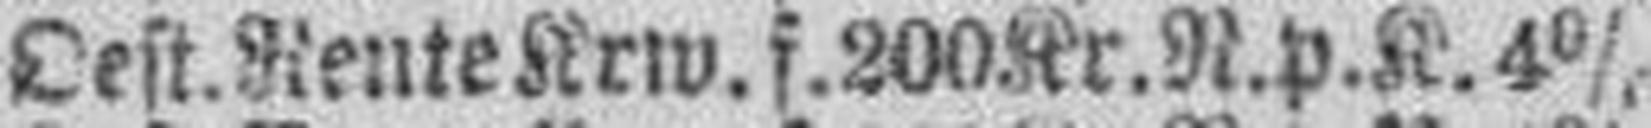
Oest. Rente Krw. f. 200 Kr.N.p.K.4%